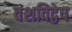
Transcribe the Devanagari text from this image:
वंशविद्वेष